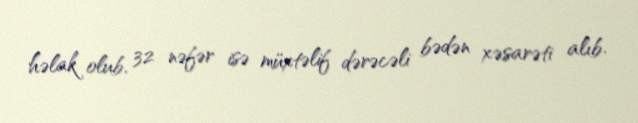
həlak olub, 32 nəfər isə müxtəlif dərəcəli bədən xəsarəti alıb.